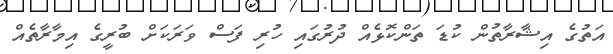
އަތުގެ އިޝާރާތުން ކުޑަ ތަންކޮޅެއް ދުރުގައި ހުރި ފަސް ވަރަކަށް ބުރީގެ އިމާރާތެއް